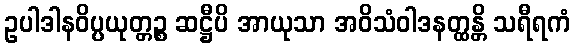
ဥပါဒါနဝိပ္ပယုတ္တဉ္စ ဆဋ္ဌီပိ အာယုသာ အဝိသံဝါဒနတ္ထန္တိ သရီရကံ